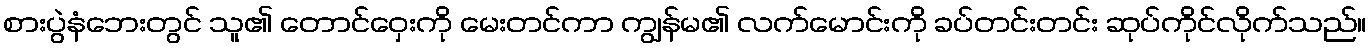
စားပွဲနံဘေးတွင် သူ၏ တောင်ဝှေးကို မေးတင်ကာ ကျွန်မ၏ လက်မောင်းကို ခပ်တင်းတင်း ဆုပ်ကိုင်လိုက်သည်။